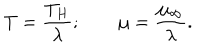
T = { \frac { T _ { H } } { \lambda } } ; \qquad \mu = { \frac { \mu _ { \infty } } { \lambda } } .